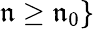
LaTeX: \mathfrak{n}\geq\mathfrak{n}_{0}\}